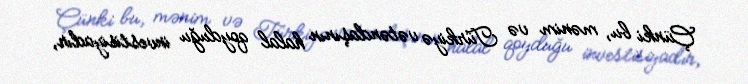
Çünki bu, mənim və Türkiyə vətəndaşının halal qoyduğu investisiyadır,